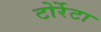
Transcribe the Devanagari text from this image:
टोर्रेटा